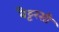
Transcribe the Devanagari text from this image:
बैट्टरसी